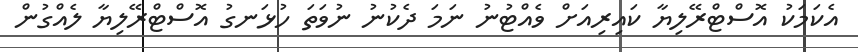
އެކަމަކު އޮސްޓްރޭލިޔާ ކައިރިއަށް ވެއްޓުނު ނަމަ ދެކުނު ނުވަތަ ހުޅަނގު އޮސްޓްރޭލިޔާ ލެއްގުން